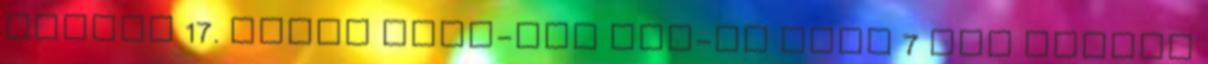
cikkei 17. infra port-bol com-ot mind 7 sor cikkei